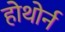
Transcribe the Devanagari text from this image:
होथोर्न